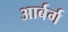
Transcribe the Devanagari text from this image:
आर्बर्ग